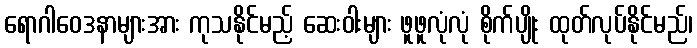
ရောဂါဝေဒနာများအား ကုသနိုင်မည့် ဆေးဝါးများ ဖူဖူလုံလုံ စိုက်ပျိုး ထုတ်လုပ်နိုင်မည်၊